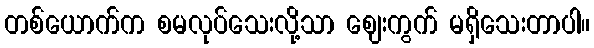
တစ်ယောက်က စမလုပ်သေးလို့သာ ဈေးကွက် မရှိသေးတာပါ။